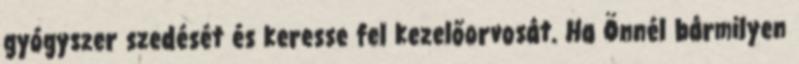
gyógyszer szedését és keresse fel kezelőorvosát. Ha Önnél bármilyen